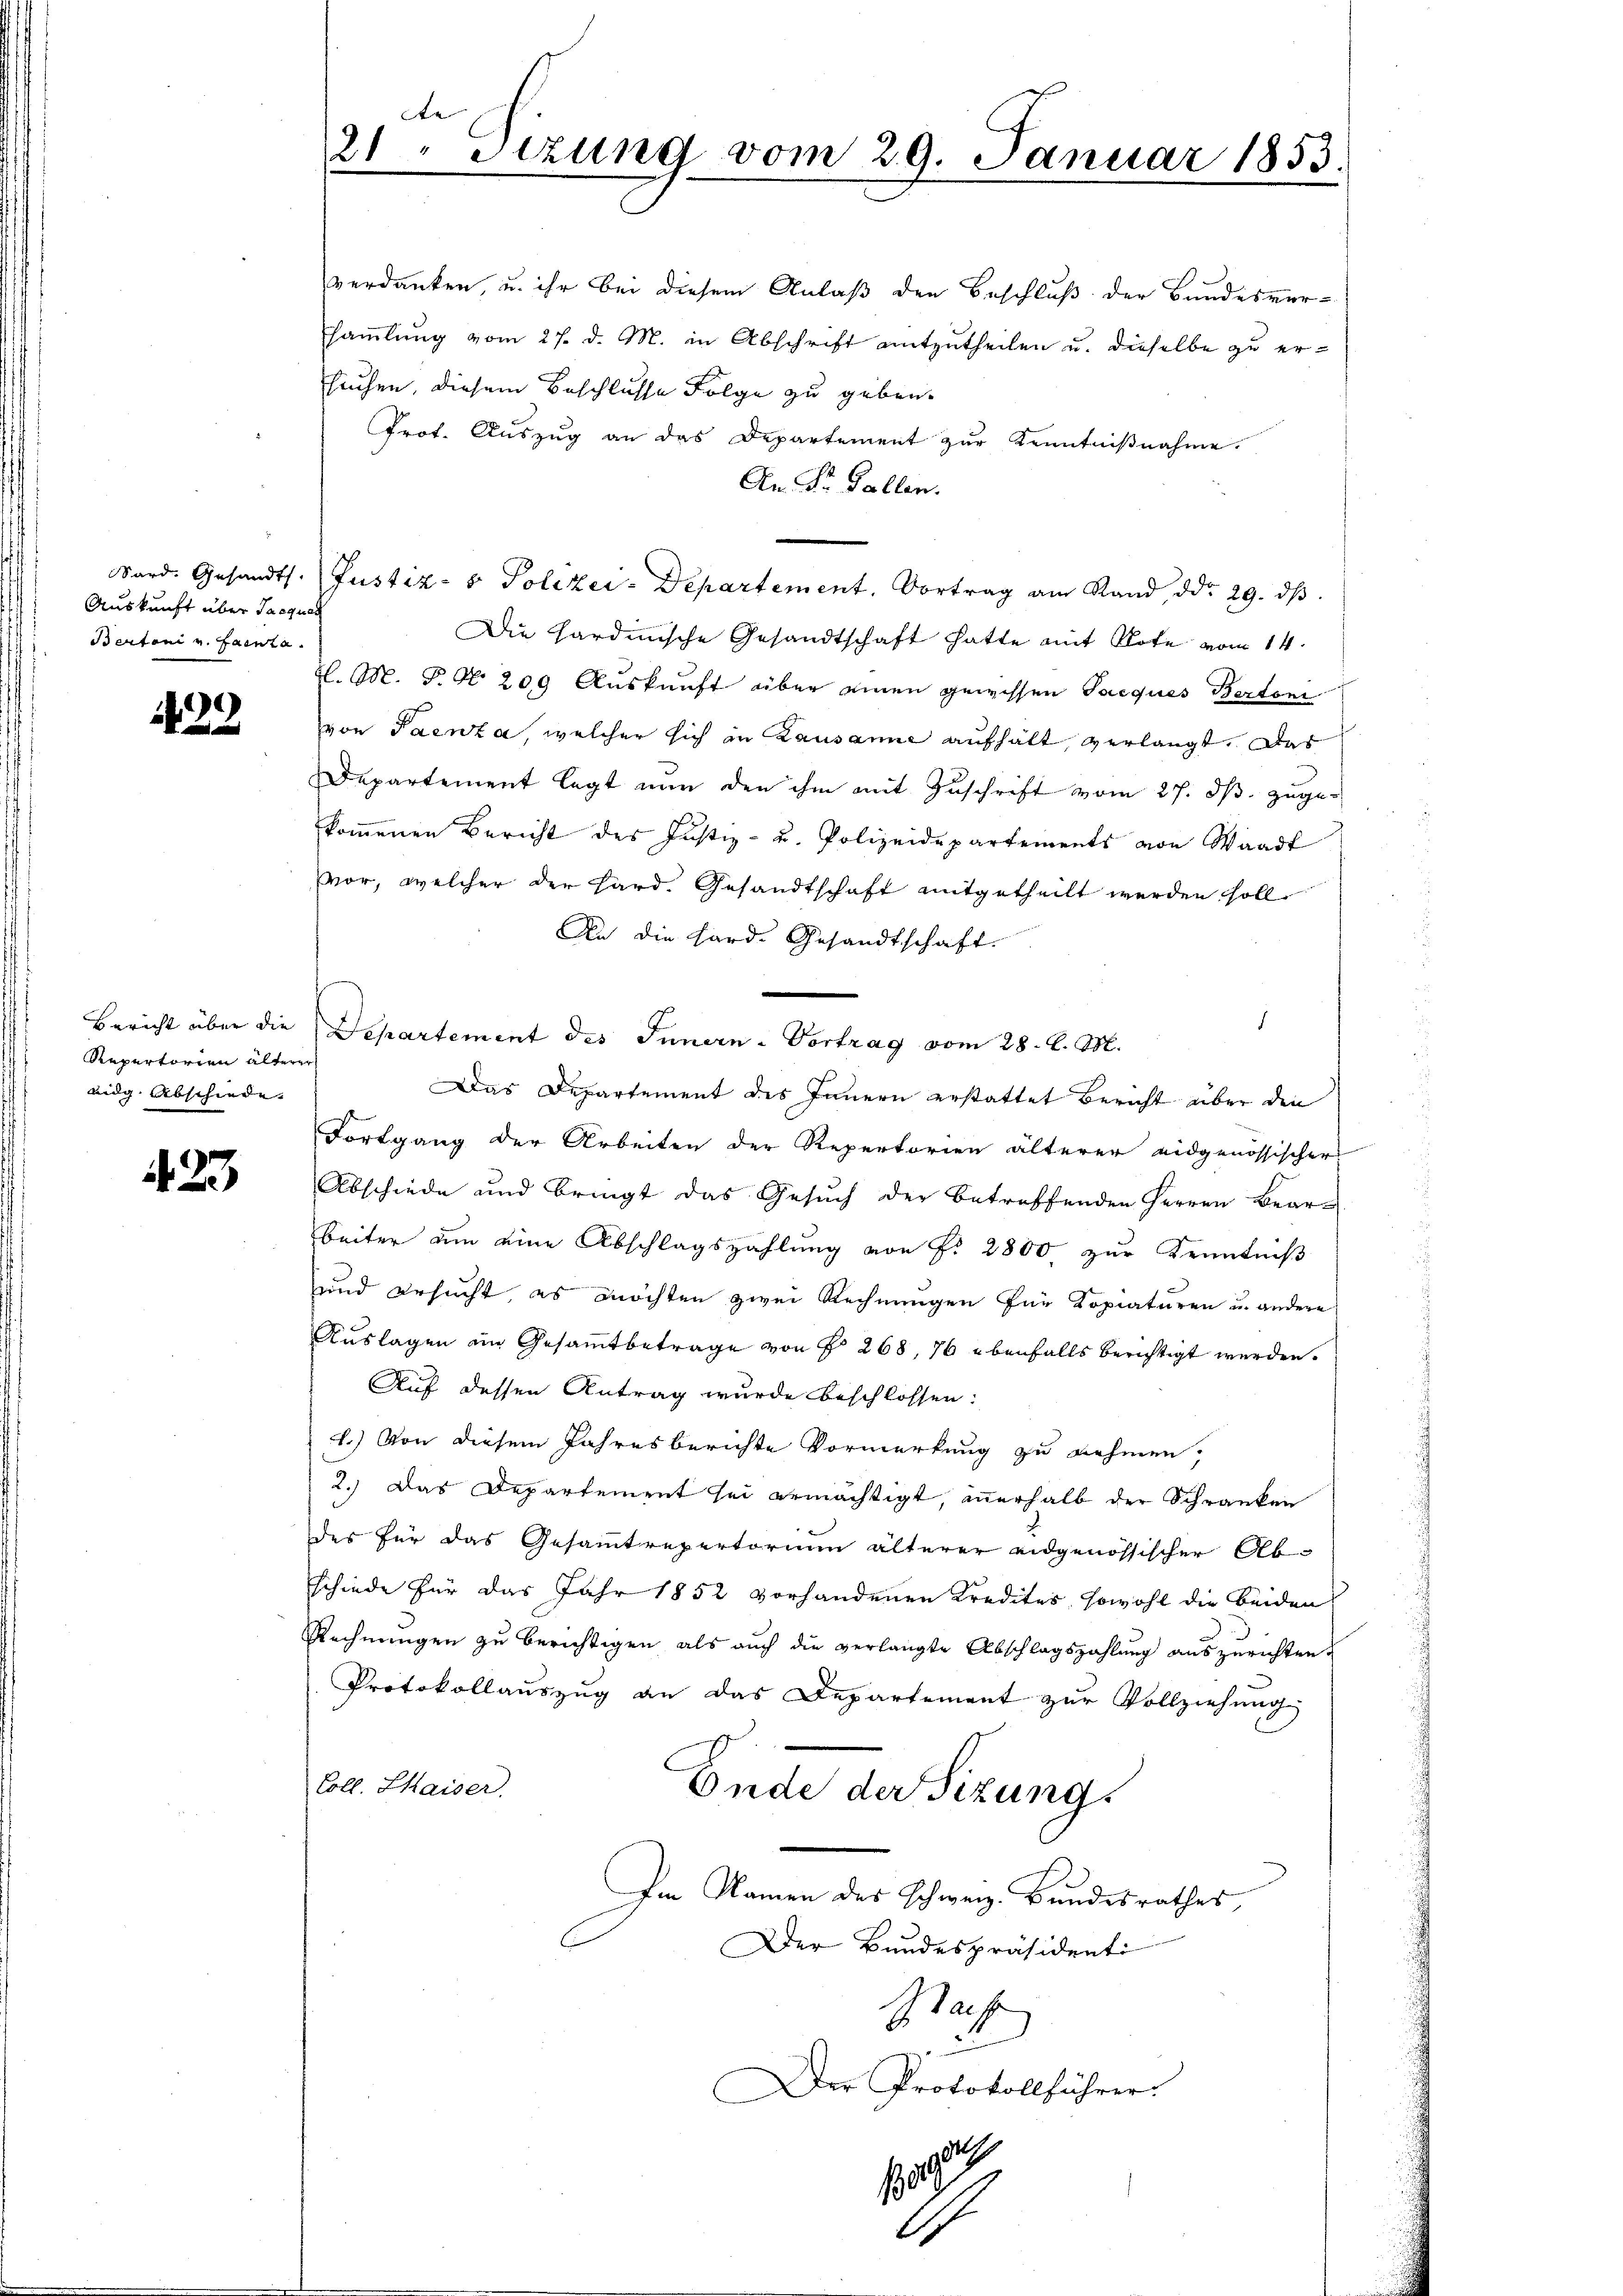
Auskunft über Jacques
Bertoni u. Ganta.

139.

Bericht über die
Repertorien älterer
adg. Abschiede. |

423

de
21. Sitzung vom 29. Januar 1853.

verdanken, u. ihr bei diesem Anlaß den Beschluß der Bundesversammlung vom 27. d. M. in Abschrift mitzutheilen u. dieselbe zu ersruhen, diesem Beschlusse Folge zu geben.
Prot. Auszug an das Departement zur Kenntnißnahme.
An Dr. Fallen.
Sard. Gesandts Justiz- & Polizei-Departement. Vortrag am Stand, ddo 29. dβ.
Die Hardinische Gesandtschaft hatte mit Note vom 14.
H. M. P. Nr. 209 Auskunft über einen gewissen Jacques Bertoni
von Paenza, welcher sich in Lausanne aufhält, verlangt. Das
Departement legt nun den ihm mit Zuschrift vom 27. ds. zugekommenen Bericht des Justiz- u. Polizeidepartements von Waadt
vor, welcher der Hard. Gesandtschaft mitgetheilt werden soll
An die Hard. Gesandtschaft.
.
Departement des Innern - Vortrag vom 28. d. M.
Das Departement des Innern erstattet Bericht über den
Fortgang der Arbeiten der Repertorien älterer eidgenössischer
Abschiede und bringt das Gesuch der betreffenden Herren Bearbeiter um eine Abschlagszahlung von P. 2800 zur Kenntniß
und ersucht, es möchten zwei Rechnungen für Kopiaturen u. andere
Auslagen im Gesammtbetrage von § 268, 76 ebenfalls berichtigt werden.
Auf dessen Antrag wurde beschlossen:
1.) Von diesem Jahresberichte Vormerkung zu nehmen,
2.) Das Departement sei ermächtigt, innerhalb der Schranken
des für das Gesammtrepertorium älterer eidgenössischer Abschiede für das Jahr 1852 vorhandenen Kredites sowohl die beiden
Rechnŭngen zŭ berichtigen als aŭch die verlangte Abschlagszahlŭng auszurichten.
Protokollauszug an das Departement zur Vollziehung
Coll. Kaiser.
Ende der Sizung
Im Namen des Schweiz. Bundesrathes,
Der Bundespräsidenti
Staffe
u
Der Protokollführer:
a
190

.

s